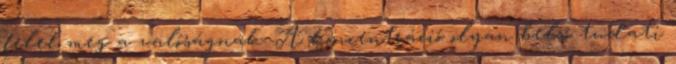
felel meg a valóságnak. A koncentráció olyan belső tudati